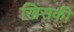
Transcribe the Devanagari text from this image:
खिसकी